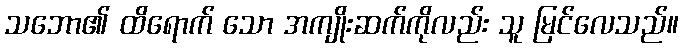
သဘော၏ ထိရောက် သော အကျိုးဆက်ကိုလည်း သူ မြင်လေသည်။